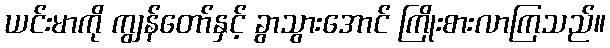
ယင်းမာကို ကျွန်တော်နှင့် ခွာသွားအောင် ကြိုးစားလာကြသည်။